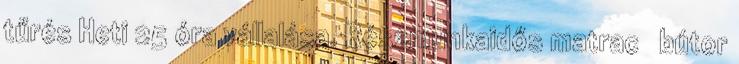
tűrés Heti 25 óra vállalása. Részmunkaidős matrac bútor